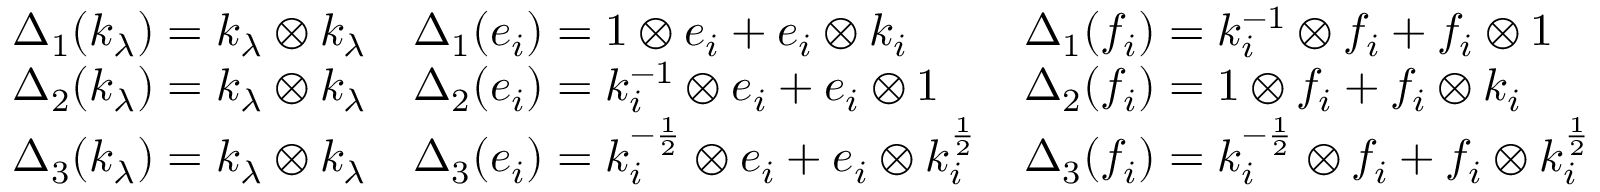
{ \begin{array} { l l l } { \Delta _ { 1 } ( k _ { \lambda } ) = k _ { \lambda } \otimes k _ { \lambda } } & { \Delta _ { 1 } ( e _ { i } ) = 1 \otimes e _ { i } + e _ { i } \otimes k _ { i } } & { \Delta _ { 1 } ( f _ { i } ) = k _ { i } ^ { - 1 } \otimes f _ { i } + f _ { i } \otimes 1 } \\ { \Delta _ { 2 } ( k _ { \lambda } ) = k _ { \lambda } \otimes k _ { \lambda } } & { \Delta _ { 2 } ( e _ { i } ) = k _ { i } ^ { - 1 } \otimes e _ { i } + e _ { i } \otimes 1 } & { \Delta _ { 2 } ( f _ { i } ) = 1 \otimes f _ { i } + f _ { i } \otimes k _ { i } } \\ { \Delta _ { 3 } ( k _ { \lambda } ) = k _ { \lambda } \otimes k _ { \lambda } } & { \Delta _ { 3 } ( e _ { i } ) = k _ { i } ^ { - { \frac { 1 } { 2 } } } \otimes e _ { i } + e _ { i } \otimes k _ { i } ^ { \frac { 1 } { 2 } } } & { \Delta _ { 3 } ( f _ { i } ) = k _ { i } ^ { - { \frac { 1 } { 2 } } } \otimes f _ { i } + f _ { i } \otimes k _ { i } ^ { \frac { 1 } { 2 } } } \end{array} }